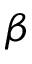
\beta